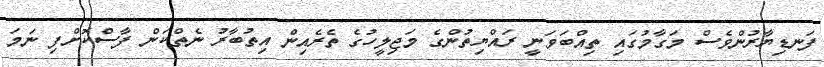
ފަނޑިޔާރުންވެސް މަގާމުގައި ތިއްބަވަނީ ރައްޔިތުންގެ މަޖިލީހުގެ ތެރެއިން އިތުބާރު ނެތްކަން ފާސްކޮށްފި ނަމަ